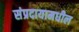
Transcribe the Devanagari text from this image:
संप्रदायामधील